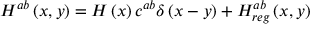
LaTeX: H ^ { a b } \left( x , y \right) = H \left( x \right) c ^ { a b } \delta \left( x - y \right) + H _ { r e g } ^ { a b } \left( x , y \right)